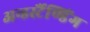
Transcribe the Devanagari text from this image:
अन्डर्स्टैण्डिंग